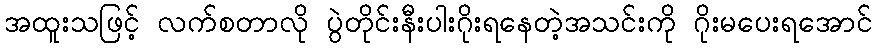
အထူးသဖြင့် လက်စတာလို ပွဲတိုင်းနီးပါးဂိုးရနေတဲ့အသင်းကို ဂိုးမပေးရအောင်